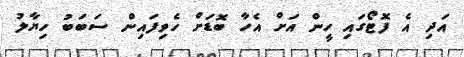
އަދި އެ ފޮޓޯގައި ހީން އަށް އެހާ ބޮޑަށް ހެވިފައިން ސަބަބު ހިޔާލު